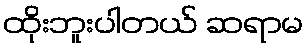
ထိုးဘူးပါတယ် ဆရာမ